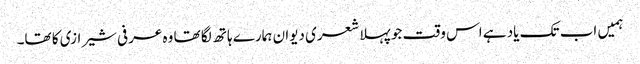
ہمیں اب تک یاد ہے اس وقت جو پہلا شعری دیوان ہمارے ہاتھ لگا تھا وہ عرفی شیرازی کا تھا۔